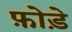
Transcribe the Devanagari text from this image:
फ़ोड़े